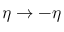
\eta \rightarrow - \eta